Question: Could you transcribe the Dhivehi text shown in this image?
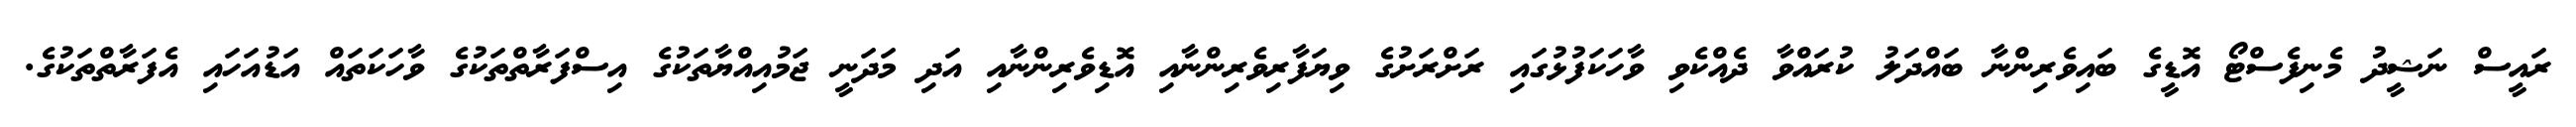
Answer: ރައީސް ނަޝީދު މެނިފެސްޓޯ އޮޑީގެ ބައިވެރިންނާ ބައްދަލު ކުރައްވާ ދެއްކެވި ވާހަކަފުޅުގައި ރަށްރަށުގެ ވިޔަފާރިވެރިންނާއި އޮޑިވެރިންނާއި އަދި މަދަނީ ޖަމުއިއްޔާތަކުގެ އިސްފަރާތްތަކުގެ ވާހަކަތައް އަޑުއަހައި އެފަރާތްތަކުގެ.